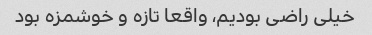
خیلی راضی بودیم، واقعا تازه و خوشمزه بود